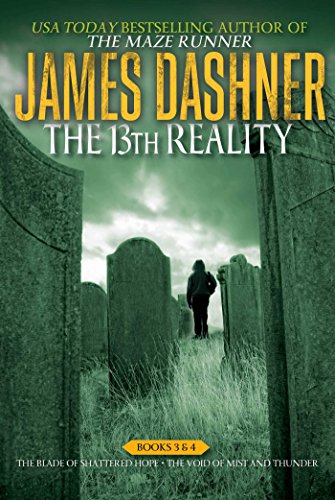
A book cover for The 13th Reality Books 3 & 4: The Blade of Shattered Hope; The Void of Mist and Thunder; James Dashner; Teen & Young Adult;